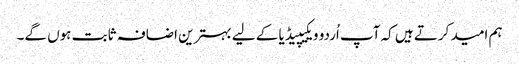
ہم امید کرتے ہیں کہ آپ اُردو ویکیپیڈیا کے لیے بہترین اضافہ ثابت ہوں گے۔